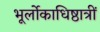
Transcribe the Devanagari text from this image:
भूर्लोकाधिष्ठात्रीं